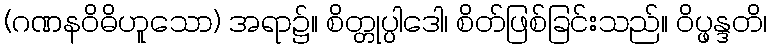
(ဂဏနဝိဓိဟူသော) အရာ၌။ စိတ္တုပ္ပါဒေါ၊ စိတ်ဖြစ်ခြင်းသည်။ ဝိပ္ဖန္ဒတိ၊